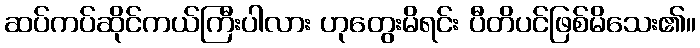
ဆပ်ကပ်ဆိုင်ကယ်ကြီးပါလား ဟုတွေးမိရင်း ပီတိပင်ဖြစ်မိသေး၏။